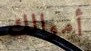
أموالك